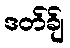
ဒတ်ခ်ျ